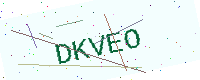
Text: DKVEO